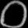
Digit: ၀